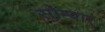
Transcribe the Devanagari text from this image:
सोम्बार